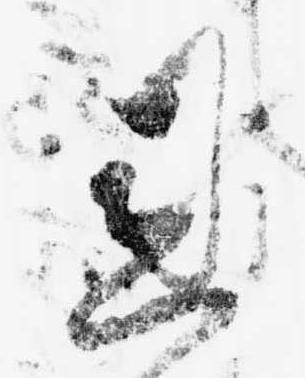
恩